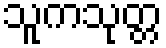
သူကသုတ္တ